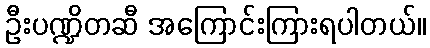
ဦးပဏ္ဍိတဆီ အကြောင်းကြားရပါတယ်။